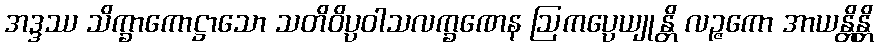
အဒ္ဒဿ သိက္ခာကောဋ္ဌာသော သတိဝိပ္ပဝါသလက္ခဏေန ဩကပ္ပေယျုန္တိ လဉ္ဇကော အာယန္တိန္တိ